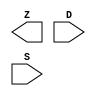
module sky130_fd_sc_hdll__muxb4to1 (
    Z,
    D,
    S
);

    output       Z;
    input  [3:0] D;
    input  [3:0] S;

    // Voltage supply signals
    supply1 VPWR;
    supply0 VGND;
    supply1 VPB ;
    supply0 VNB ;

endmodule